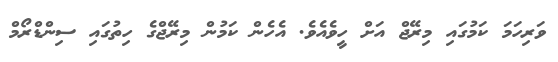
ވަރިހަމަ ކަމުގައި މިރޭޖް އަށް ހީވެއެވެ. އެހެން ކަމުން މިރޭޖްގެ ހިތުގައި ސިންޑްރޯމް